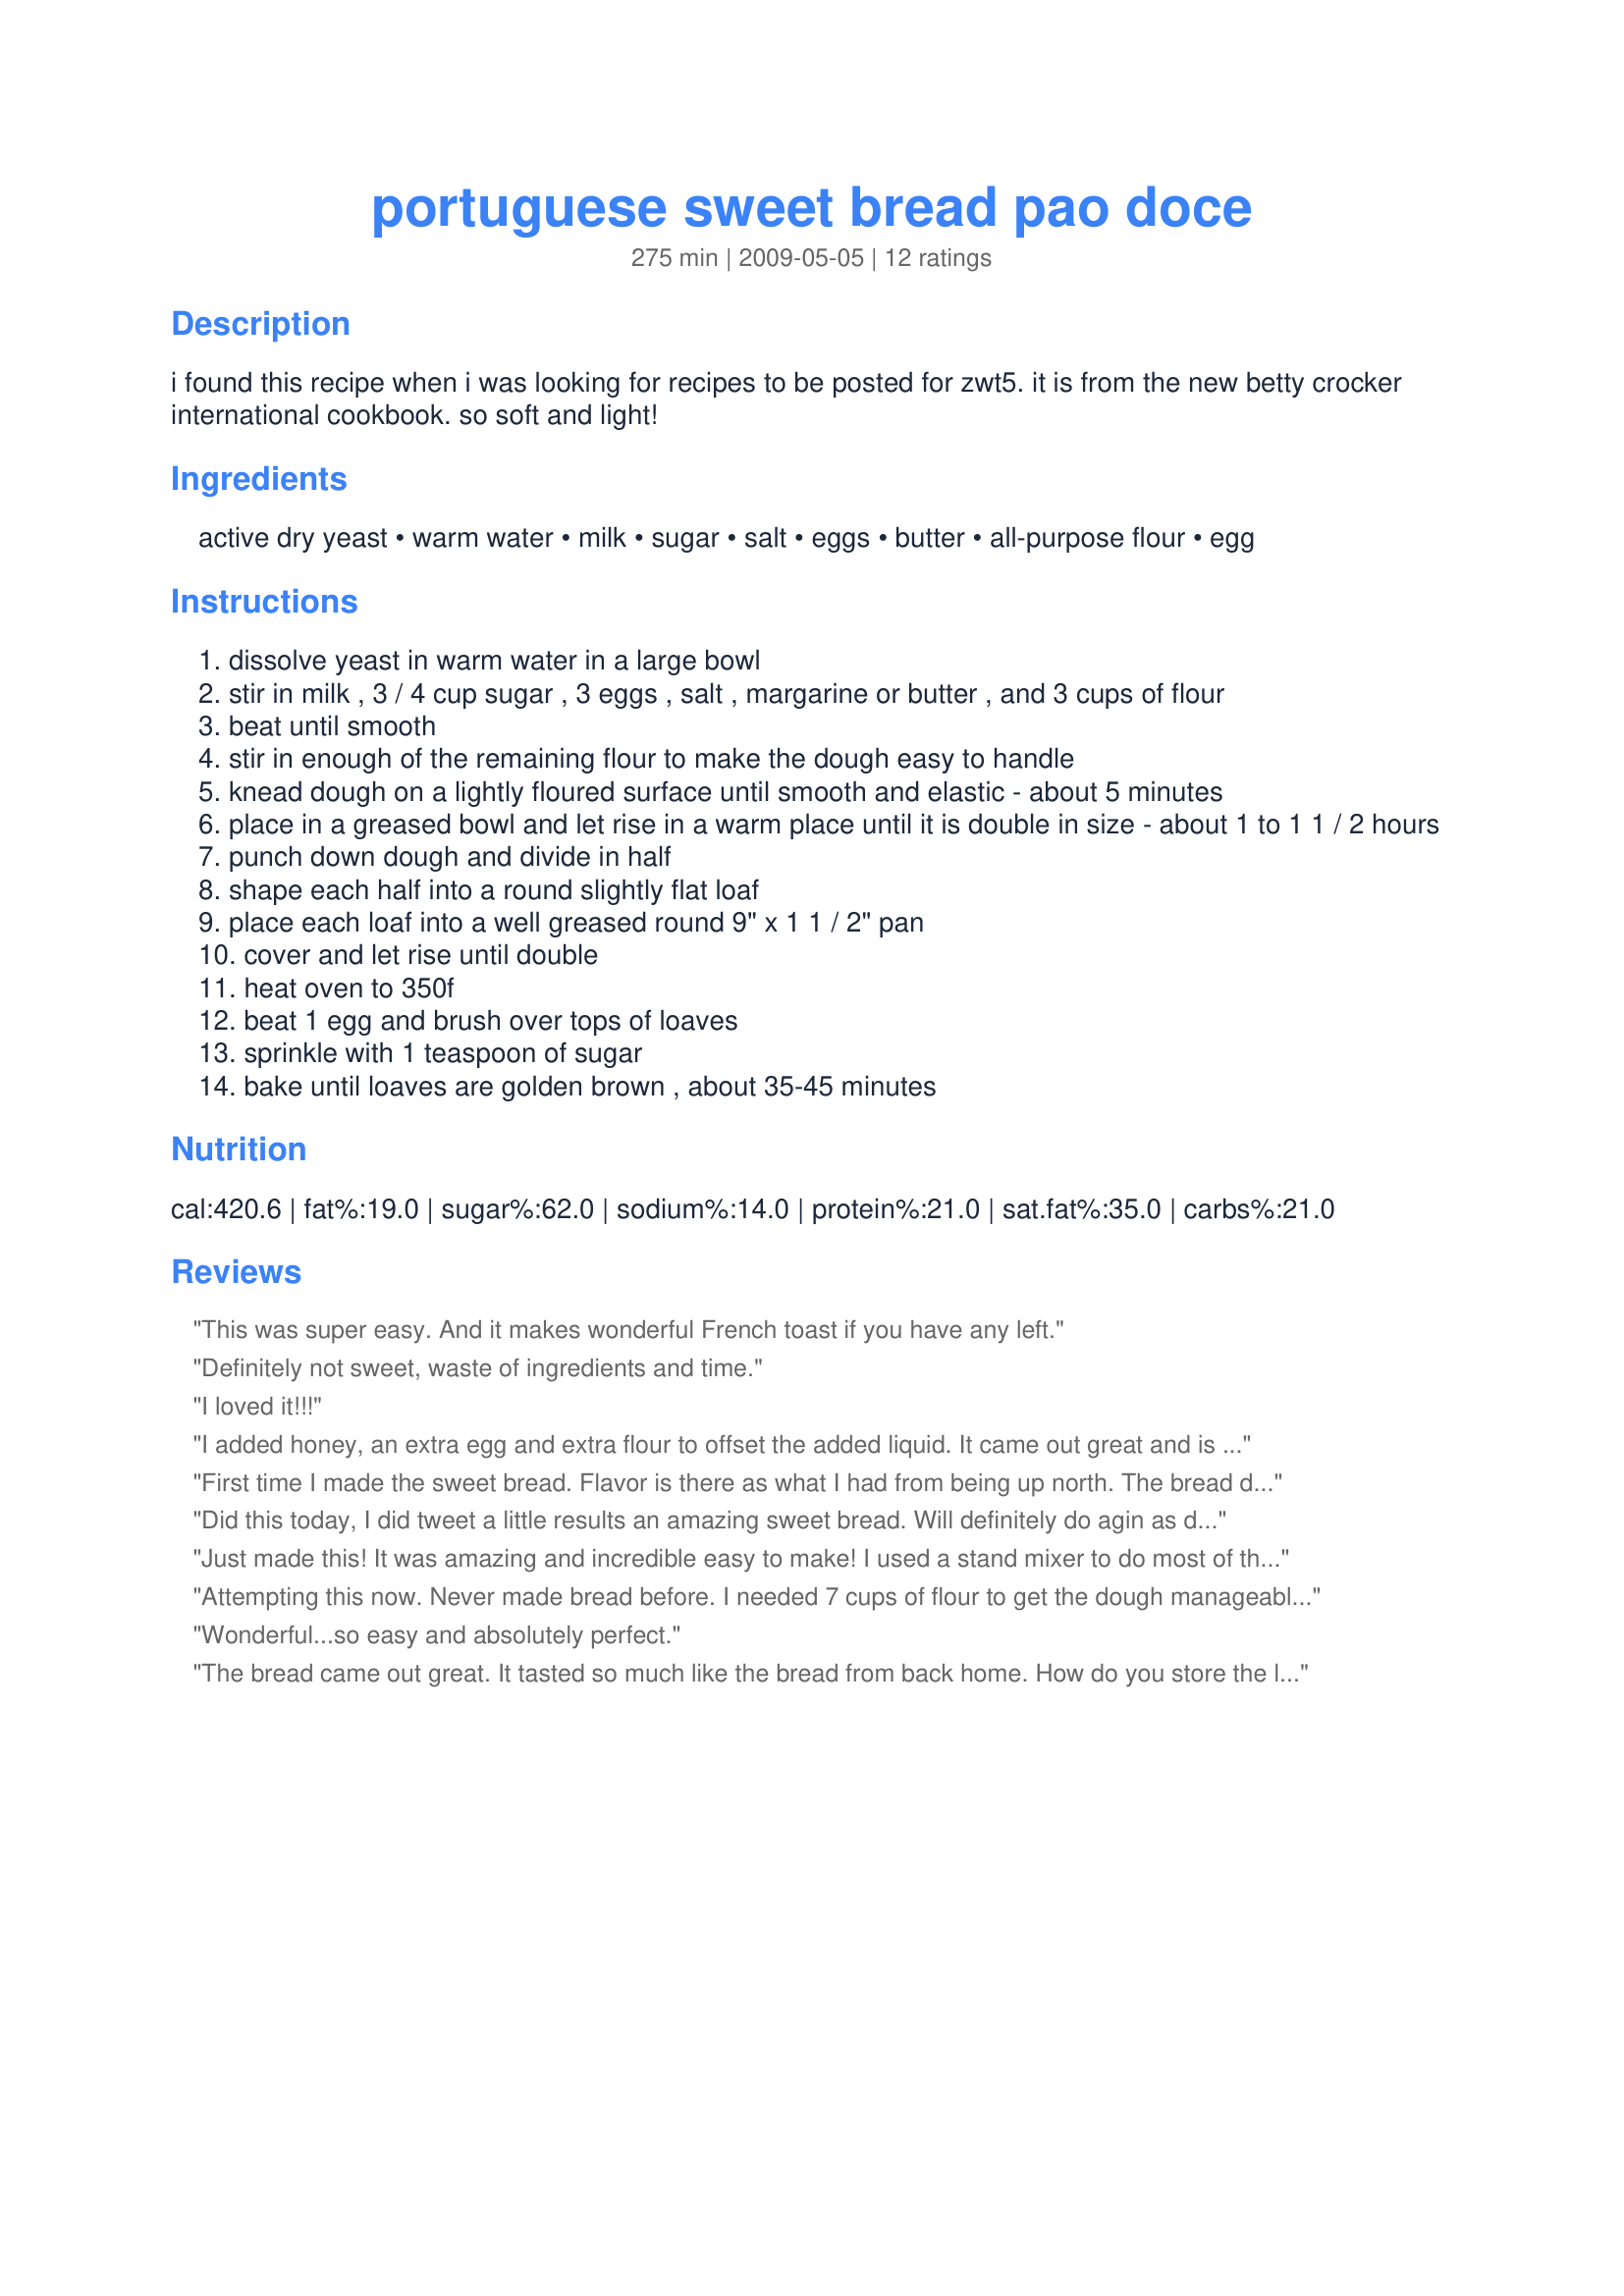
portuguese sweet bread pao doce
Preparation time: 275 minutes

i found this recipe when i was looking for recipes to be posted for zwt5. it is from the new betty crocker international cookbook. so soft and light!

Ingredients:
active dry yeast, warm water, milk, sugar, salt, eggs, butter, all-purpose flour, egg

Steps:
dissolve yeast in warm water in a large bowl
stir in milk , 3 / 4 cup sugar , 3 eggs , salt , margarine or butter , and 3 cups of flour
beat until smooth
stir in enough of the remaining flour to make the dough easy to handle
knead dough on a lightly floured surface until smooth and elastic - about 5 minutes
place in a greased bowl and let rise in a warm place until it is double in size - about 1 to 1 1 / 2 hours
punch down dough and divide in half
shape each half into a round slightly flat loaf
place each loaf into a well greased round 9" x 1 1 / 2" pan
cover and let rise until double
heat oven to 350f
beat 1 egg and brush over tops of loaves
sprinkle with 1 teaspoon of sugar
bake until loaves are golden brown , about 35-45 minutes

Reviews:
This was super easy. And it makes wonderful French toast if you have any left.
Definitely not sweet, waste of ingredients and time.
I loved it!!!
I added honey, an extra egg and extra flour to offset the added liquid. It came out great and is now my most requested homemade bread. I made garlic butter and herbed butter spreads also
First time I made the sweet bread. Flavor is there as what I had from being up north. The bread did split, but maybe from being too high in the oven excellent flavor and this is a keeper. I did not tweak the recipe.
Did this today, I did tweet a little results an amazing sweet bread. Will definitely do agin as done todayr
Just made this! It was amazing and incredible easy to make! I used a stand mixer to do most of the mixing then I just finished it up with 5 minutes of kneading on the table. I had to use more flour to make it manageable, but that might be because I live in a humid country. It was a great recipe thank you!
Attempting this now. Never made bread before. I needed 7 cups of flour to get the dough manageable so I hope it still works.
Wonderful...so easy and absolutely perfect.
The bread came out great. It tasted so much like the bread from back home. How do you store the leftovers?
I just made this tonight...we LOVED IT! I did roll it out and use a heart shaped cookie cutter for the shape (I have little kids who love shaped breads I make). we LOVED how light and fluffy this came out! I don't EVER cook my bread in my bread machine...but my goodness this was a beautiful bread in every way! Thank You! **I will try to post pictures if I can figure out how**
They are beautiful!!!
